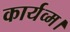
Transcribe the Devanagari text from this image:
कार्यव्म।